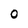
Character: 0